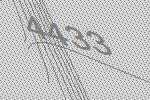
4433